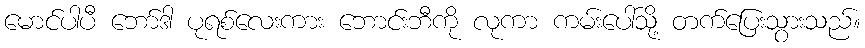
မောင်ပါပီ ဘော်ဒါ ပုရစ်လေးကား ဘောင်းဘီကို လုကာ ကမ်းပေါ်သို့ တက်ပြေးသွားသည်။